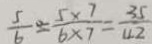
\frac { 5 } { 6 } = \frac { 5 \times 7 } { 6 \times 7 } = \frac { 3 5 } { 4 2 }